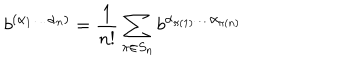
b ^ { ( \alpha _ { 1 } \ldots \alpha _ { n } ) } = \frac { 1 } { n ! } \sum _ { \pi \in S _ { n } } b ^ { \alpha _ { \pi ( 1 ) } \ldots \alpha _ { \pi ( n ) } }